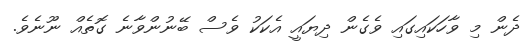
ދެން މި ވާހަކައިގައި ވެގެން ދިޔައީ އެކަކު ވެސް ބޭނުންވާނެ ގޮތެއް ނޫނެވެ.